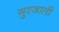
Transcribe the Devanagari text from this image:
गुरजाती